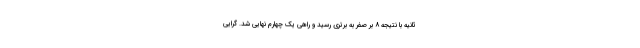
ثانیه با نتیجه ۸ بر صفر به برتری رسید و راهی یک چهارم نهایی شد. گرایی